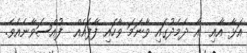
އަޅާ އާއި  އާ ދެމެދުގައި ވާނަމަ ވާހައި ފާފައެއް  ފުއްސަވާނެއެވެ.